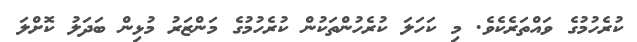
ކުރެހުމުގެ ވައްތަރެކެވެ. މި ކަހަލަ ކުރެހުންތަކުން ކުރެހުމުގެ މަންޒަރު މުޅިން ބަދަލު ކޮށްލަ